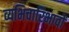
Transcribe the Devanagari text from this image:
व्यभिचारिभावों